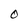
Character: 0